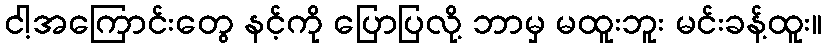
ငါ့အကြောင်းတွေ နင့်ကို ပြောပြလို့ ဘာမှ မထူးဘူး မင်းခန့်ထူး။